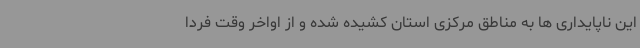
این ناپایداری ها به مناطق مرکزی استان کشیده شده و از اواخر وقت فردا